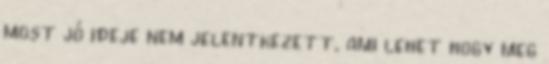
most jó ideje nem jelentkezett, ami lehet hogy meg